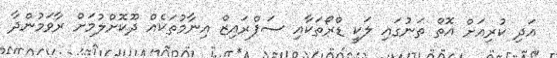
އަދި ކުރިއަށް އޮތް ތަނުގައި ލަކީ ޑްރޯތަކާއި ސަޕްރައިޒް އިނާމުތަކެއް ދޫކޮށްލުމަށް ރާވަމުންދާ